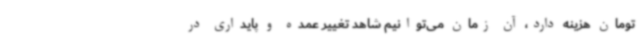
تومان هزینه‌ دارد، آن زمان می‌توانیم شاهد تغییر عمده و پایداری در